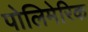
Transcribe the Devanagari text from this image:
पोलिमेरिक